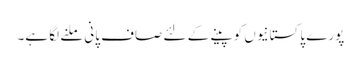
پورے پاکستانیوں کو پینے کے لئے صاف پانی ملنے لگا ہے۔